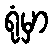
ရုံမှာ